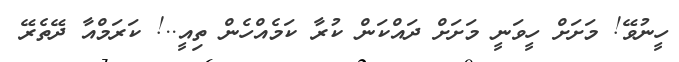
ހީނުވޭ! މަށަށް ހީވަނީ މަށަށް ދައްކަން ކުރާ ކަމެއްހެން ތިއީ..! ކަރަމްއާ ދޭތެރޭ